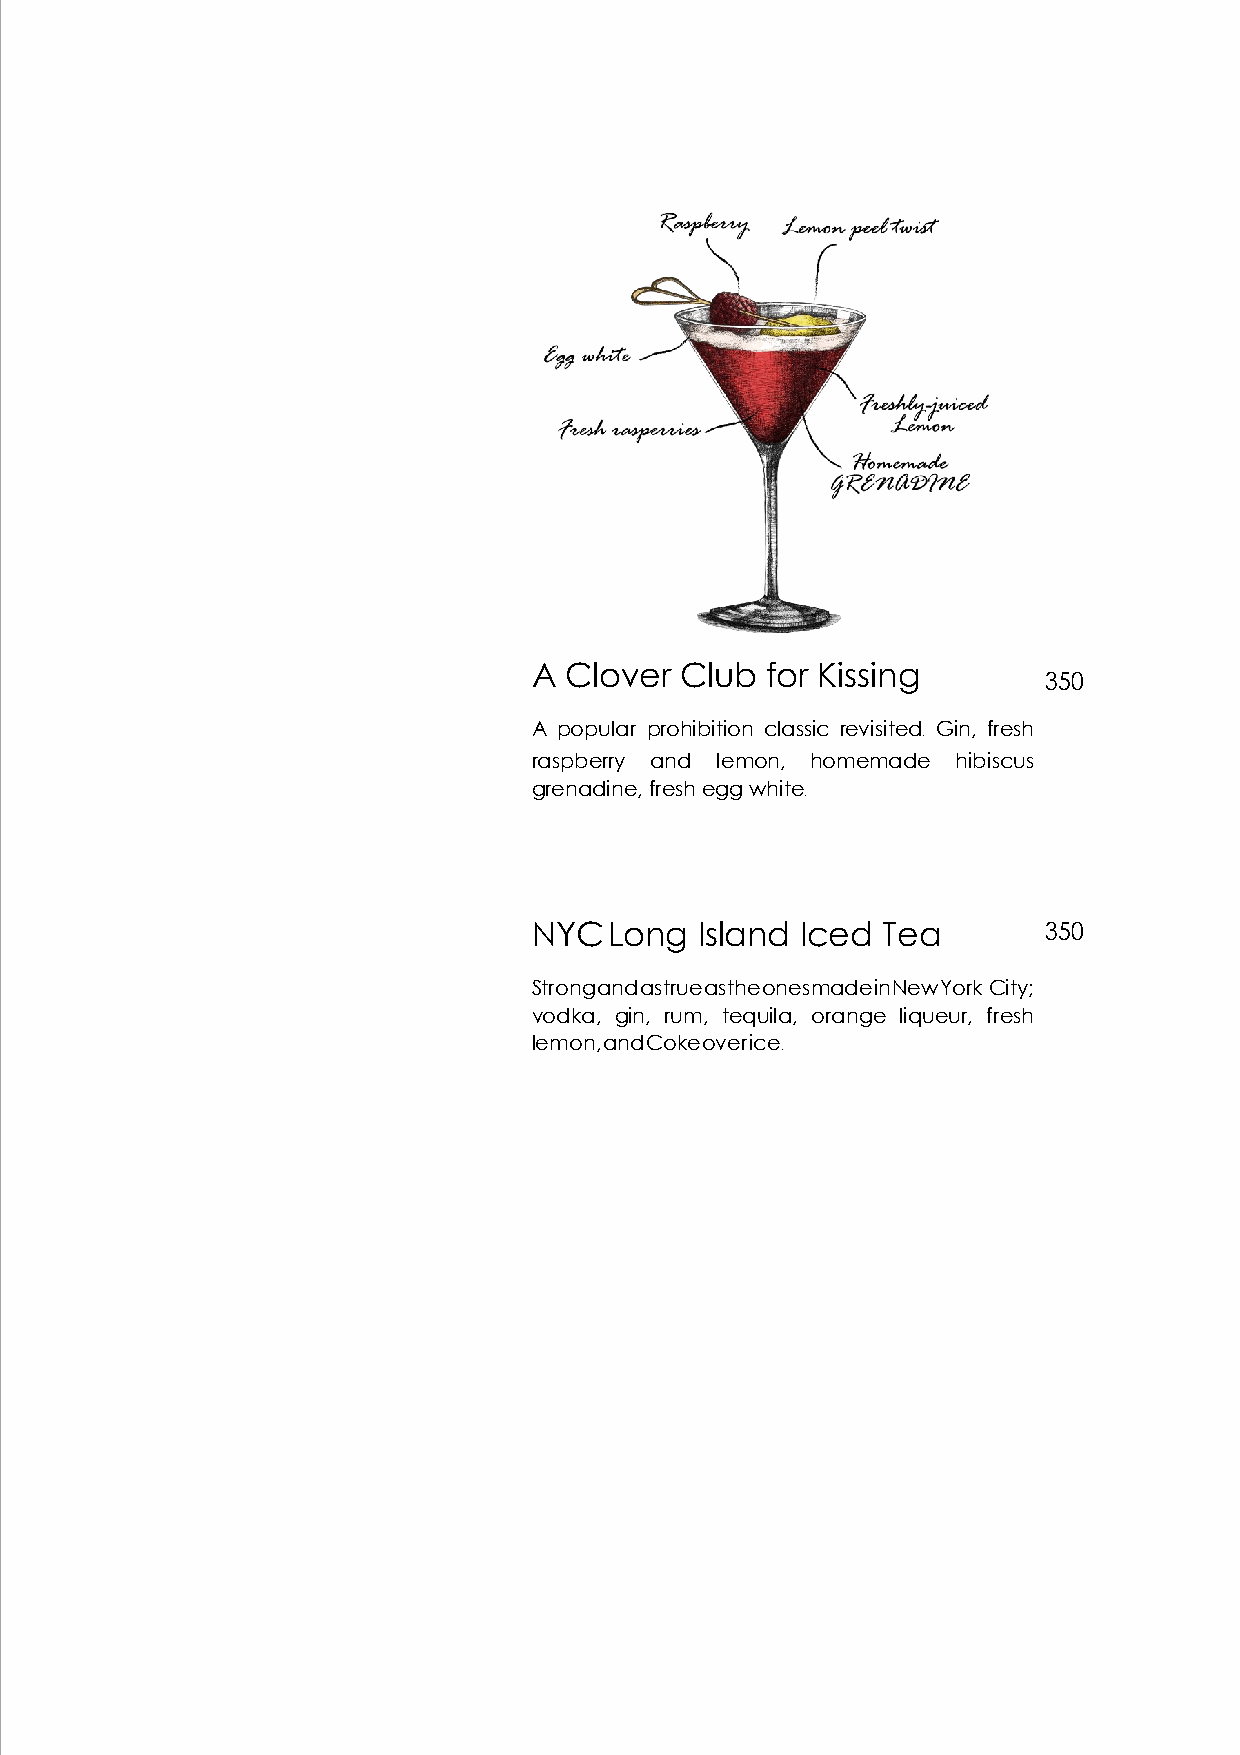
A Clover  Club  for Kissing
 350
 A popular prohibition classic revisited. Gin, fresh
 raspberry and lemon, homemade hibiscus
 grenadine, fresh egg white.
 NYC  Long  Island Iced Tea        350
 Strong and as true as the ones made in New York City;
 vodka, gin, rum, tequila, orange liqueur, fresh
 lemon, and Coke over ice.